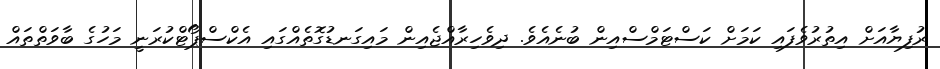
ރުފިޔާއަށް އިތުރުވެފައި ކަމަށް ކަސްޓަމްސްއިން ބުނެއެވެ. ދިވެހިރާއްޖެއިން މައިގަނޑުގޮތެއްގައި އެކްސްޕޯޓްކުރަނީ މަހުގެ ބާވަތްތައް